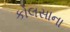
કોલસાના